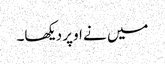
میں نے اوپر دیکھا۔